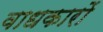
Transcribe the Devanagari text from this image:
वाधकारों